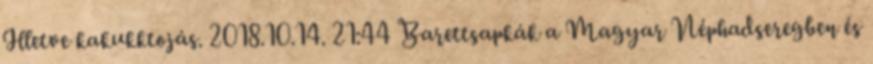
Illetve kakukktojás. 2018.10.14. 21:44 Barettsapkák a Magyar Néphadseregben és